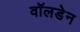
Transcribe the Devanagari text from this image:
वॉलडेन